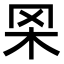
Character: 𦊋